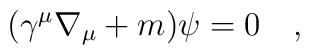
(\gamma^\mu\nabla_\mu+m)\psi=0~~~,